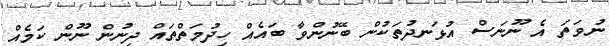
ނުވަތަ އެ ނޫނަސް އުޅަނދުތަކުން ބޭނުންވާ ބައެއް ހިދުމަތްތައް ދިނުން ނޫން ކަމެއް